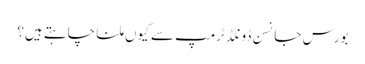
بورس جانسن ڈونلڈ ٹرمپ سے کیوں ملنا چاہتے ہیں؟